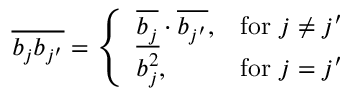
\begin{array} { r } { \overline { { b _ { j } b _ { j ^ { \prime } } } } = \left\{ \begin{array} { l l } { \overline { { b _ { j } } } \cdot \overline { { b _ { j ^ { \prime } } } } , } & { \mathrm { f o r } \ j \ne j ^ { \prime } } \\ { \overline { { b _ { j } ^ { 2 } } } , } & { \mathrm { f o r } \ j = j ^ { \prime } } \end{array} \right. } \end{array}